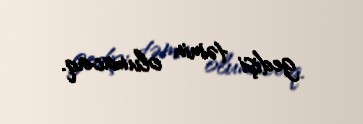
gedişi təmin olunacaq.